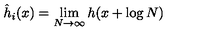
\hat { h } _ { i } ( x ) = \lim _ { N \to \infty } h ( x + \log N )